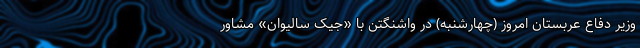
وزیر دفاع عربستان امروز (چهارشنبه) در واشنگتن با «جیک سالیوان» مشاور